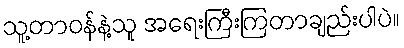
သူ့တာဝန်နဲ့သူ အရေးကြီးကြတာချည်းပါပဲ။